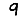
Digit: 9